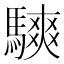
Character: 騻